Indian journal of veterinary science and animal husbandry - Volume 12,
Year: 1942
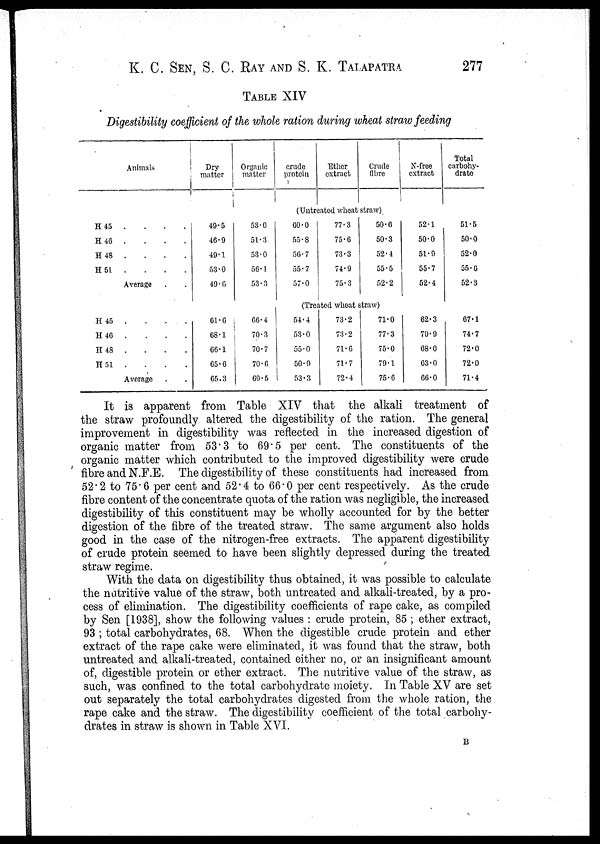
K. C. SEN, S. C. RAY AND S. K. TALAPATRA 277
TABLE XIV
Digestibility coefficient of the whole ration during wheat straw feeding
Animals
H 45 . . . .
H 46 . . . .
H 48 . . . .
H 51 . . . .
Average
H 45 . . . .
H 46 . . . .
H
48 . . . .
H 51 . . . .
Average . .
Dry
matter
49.5
46.9
49.1
53.0
49.6
61.6
68.1
66.1
65.6
65.3
Organic
matter
53.0
51.3
53.0
56.1
53.3
66.4
70.3
70.7
70.6
69.5
crude
protein
Ether
extract
Crude
fibre
(Untreated wheat straw)
60.0
55.8
56.7
55.7
57.0
77.3
75.6
73.3
74.9
75.3
50.6
50.3
52.4
55.5
52.2
(Treated wheat straw)
54.4
53.0
55.0
50.9
53.3
73.2
73.2
71.6
71.7
72.4
71.0
77.3
75.0
79.1
75.6
N-free
extract
52.1
50.0
51.9
55.7
52.4
62.3
70.9
68.0
63.0
66.0
Total
carbohy-
drate
51.5
50.0
52.0
55.6
52.3
67.1
74.7
72.0
72.0
71.4
It is apparent from Table XIV that the alkali treatment of
the straw profoundly altered the digestibility of the ration. The general
improvement in digestibility was reflected in the increased digestion of
organic matter from 53.3 to 69.5 per cent. The constituents of the
organic matter which contributed to the improved digestibility were crude
fibre and N.F.E. The digestibility of these constituents had increased from
52.2 to 75.6 per cent and 52.4 to 66.0 per cent respectively. As the crude
fibre content of the concentrate quota of the ration was negligible, the increased
digestibility of this constituent may be wholly accounted for by the better
digestion of the fibre of the treated straw. The same argument also holds
good in the case of the nitrogen-free extracts. The apparent digestibility
of crude protein seemed to have been slightly depressed during the treated
straw regime.
With the data on digestibility thus obtained, it was possible to calculate
the nutritive value of the straw, both untreated and alkali-treated, by a pro-
cess of elimination. The digestibility coefficients of rape cake, as compiled
by Sen [1938], show the following values : crude protein, 85 ; ether extract,
93 ; total carbohydrates, 68. When the digestible crude protein and ether
extract of the rape cake were eliminated, it was found that the straw, both
untreated and alkali-treated, contained either no, or an insignificant amount
of, digestible protein or ether extract. The nutritive value of the straw, as
such, was confined to the total carbohydrate moiety. In Table XV are set
out separately the total carbohydrates digested from the whole ration, the
rape cake and the straw. The digestibility coefficient of the total carbohy-
drates in straw is shown in Table XVI.
B